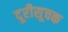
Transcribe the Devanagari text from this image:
दूरीसूचक